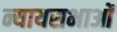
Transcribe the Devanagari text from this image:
न्यायसभाओं